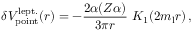
\delta { V } _ { \mathrm { p o i n t } } ^ { \mathrm { l e p t . } } ( r ) = - \frac { 2 \alpha ( Z \alpha ) } { 3 \pi r } \ K _ { 1 } ( 2 m _ { \mathrm { l } } r ) \, ,